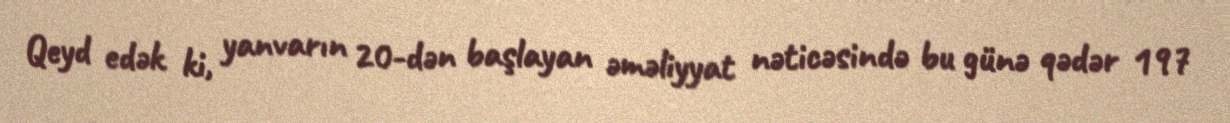
Qeyd edək ki, yanvarın 20-dən başlayan əməliyyat nəticəsində bu günə qədər 197